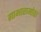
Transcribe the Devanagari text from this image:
गाभारामोठा